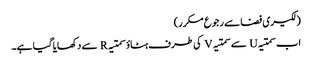
(لکیری فضا سے رجوع مکرر)
اب سمتیہ U سے سمتیہ V کی طرف ہٹاؤ سمتیہ R سے دکھایا گیا ہے۔